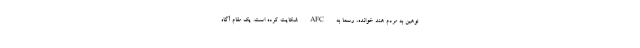
توهین به مردم هند خوانده، رسما به AFC شکایت کرده است. یک مقام آگاه